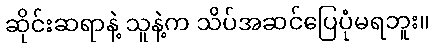
ဆိုင်းဆရာနဲ့ သူနဲ့က သိပ်အဆင်ပြေပုံမရဘူး။